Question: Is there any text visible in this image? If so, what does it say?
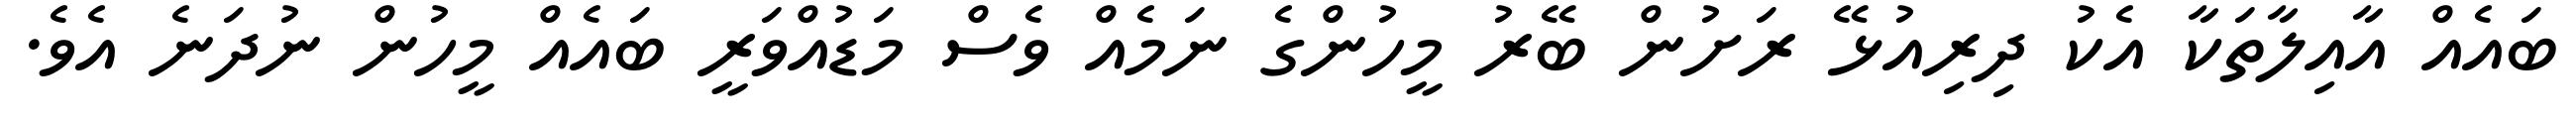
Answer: ބައެއް އާއިލާތަކާ އެކު ދިރިއުޅޭ ރަށުން ބޭރު މީހުންގެ ނަމެއް ވެސް މަޑުއްވަރީ ބައެއް މީހުން ނުދަނެ އެވެ.